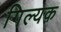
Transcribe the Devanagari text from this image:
गिल्यक